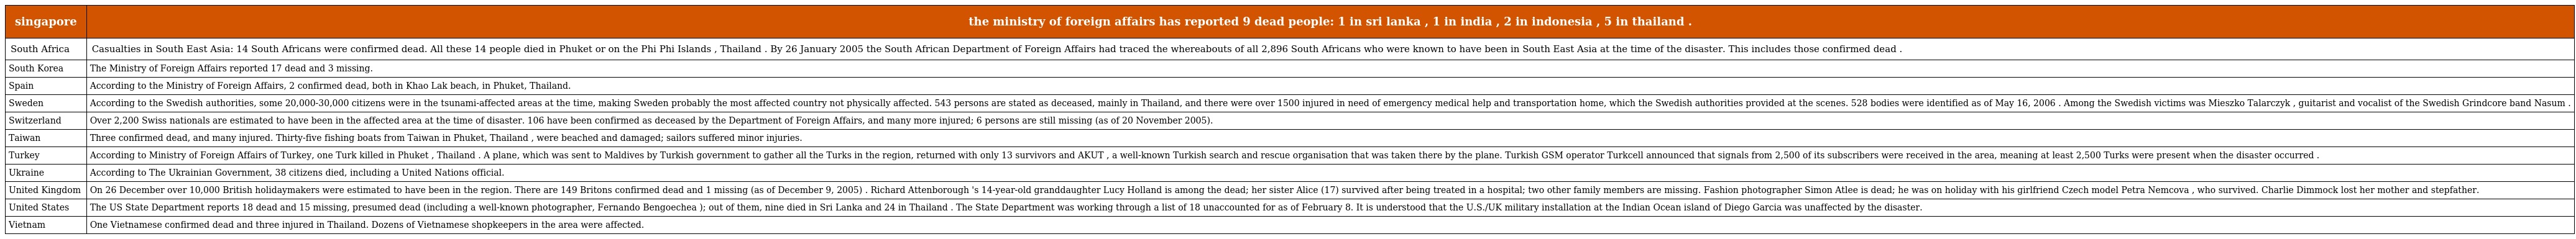
| singapore | the ministry of foreign affairs has reported 9 dead people: 1 in sri lanka , 1 in india , 2 in indonesia , 5 in thailand . |
 | --- | --- |
 | South Africa | Casualties in South East Asia: 14 South Africans were confirmed dead. All these 14 people died in Phuket or on the Phi Phi Islands , Thailand . By 26 January 2005 the South African Department of Foreign Affairs had traced the whereabouts of all 2,896 South Africans who were known to have been in South East Asia at the time of the disaster. This includes those confirmed dead . |
 | South Korea | The Ministry of Foreign Affairs reported 17 dead and 3 missing. |
 | Spain | According to the Ministry of Foreign Affairs, 2 confirmed dead, both in Khao Lak beach, in Phuket, Thailand. |
 | Sweden | According to the Swedish authorities, some 20,000-30,000 citizens were in the tsunami-affected areas at the time, making Sweden probably the most affected country not physically affected. 543 persons are stated as deceased, mainly in Thailand, and there were over 1500 injured in need of emergency medical help and transportation home, which the Swedish authorities provided at the scenes. 528 bodies were identified as of May 16, 2006 . Among the Swedish victims was Mieszko Talarczyk , guitarist and vocalist of the Swedish Grindcore band Nasum . |
 | Switzerland | Over 2,200 Swiss nationals are estimated to have been in the affected area at the time of disaster. 106 have been confirmed as deceased by the Department of Foreign Affairs, and many more injured; 6 persons are still missing (as of 20 November 2005). |
 | Taiwan | Three confirmed dead, and many injured. Thirty-five fishing boats from Taiwan in Phuket, Thailand , were beached and damaged; sailors suffered minor injuries. |
 | Turkey | According to Ministry of Foreign Affairs of Turkey, one Turk killed in Phuket , Thailand . A plane, which was sent to Maldives by Turkish government to gather all the Turks in the region, returned with only 13 survivors and AKUT , a well-known Turkish search and rescue organisation that was taken there by the plane. Turkish GSM operator Turkcell announced that signals from 2,500 of its subscribers were received in the area, meaning at least 2,500 Turks were present when the disaster occurred . |
 | Ukraine | According to The Ukrainian Government, 38 citizens died, including a United Nations official. |
 | United Kingdom | On 26 December over 10,000 British holidaymakers were estimated to have been in the region. There are 149 Britons confirmed dead and 1 missing (as of December 9, 2005) . Richard Attenborough 's 14-year-old granddaughter Lucy Holland is among the dead; her sister Alice (17) survived after being treated in a hospital; two other family members are missing. Fashion photographer Simon Atlee is dead; he was on holiday with his girlfriend Czech model Petra Nemcova , who survived. Charlie Dimmock lost her mother and stepfather. |
 | United States | The US State Department reports 18 dead and 15 missing, presumed dead (including a well-known photographer, Fernando Bengoechea ); out of them, nine died in Sri Lanka and 24 in Thailand . The State Department was working through a list of 18 unaccounted for as of February 8. It is understood that the U.S./UK military installation at the Indian Ocean island of Diego Garcia was unaffected by the disaster. |
 | Vietnam | One Vietnamese confirmed dead and three injured in Thailand. Dozens of Vietnamese shopkeepers in the area were affected. |